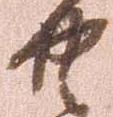
共